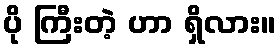
ပို ကြီးတဲ့ ဟာ ရှိလား။